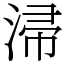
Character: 㴆